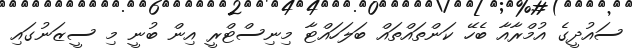
ސައުދީގެ އުމްރާއާ ބެހޭ ކަންތައްތައް ބަލަހައްޓާ މިނިސްޓްރީ އިން ބުނީ މި ސީޒަނުގައި